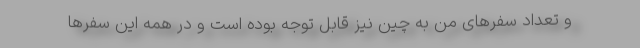
و تعداد سفرهای من به چین نیز قابل توجه بوده است و در همه این سفرها